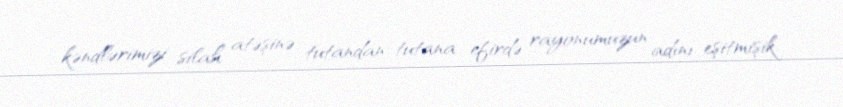
kəndlərimizi silah atəşinə tutandan-tutana efirdə rayonumuzun adını eşitmişik.